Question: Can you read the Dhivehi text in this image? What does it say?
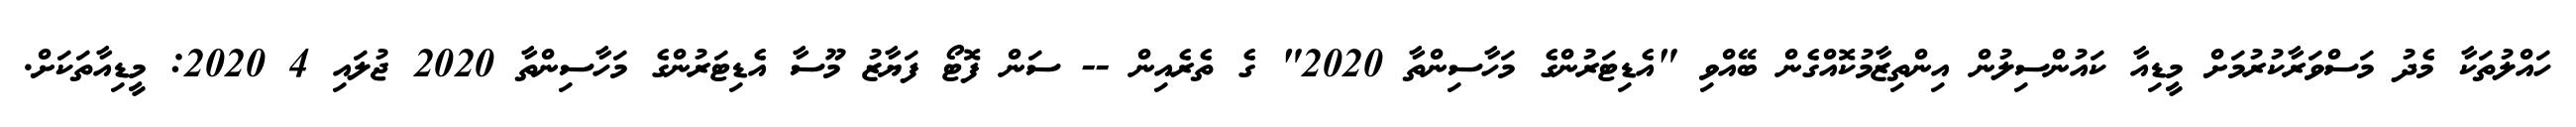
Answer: ހައްލުތަކާ މެދު މަސްވަރާކުރުމަށް މީޑިއާ ކައުންސިލުން އިންތިޒާމުކޮއްގެން ބޭއްވި "އެޑިޓަރުންގެ މަހާސިންތާ 2020" ގެ ތެރެއިން -- ސަން ފޮޓޯ ފަޔާޒު މޫސާ އެޑިޓަރުންގެ މަހާސިންތާ 2020 ޖުލައި 4 2020: މީޑިއާތަކަށް.